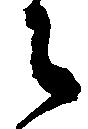
々